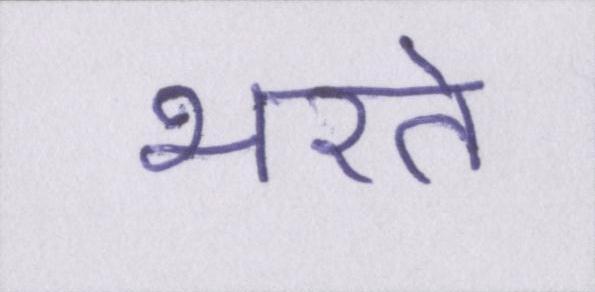
भरते